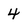
Character: 4